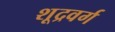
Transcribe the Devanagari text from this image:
शूद्रवर्ग